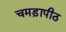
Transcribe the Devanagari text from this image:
चमड़ापीठ